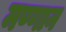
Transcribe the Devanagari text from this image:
मण्णान